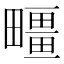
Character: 疅